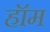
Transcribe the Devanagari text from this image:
हॉम